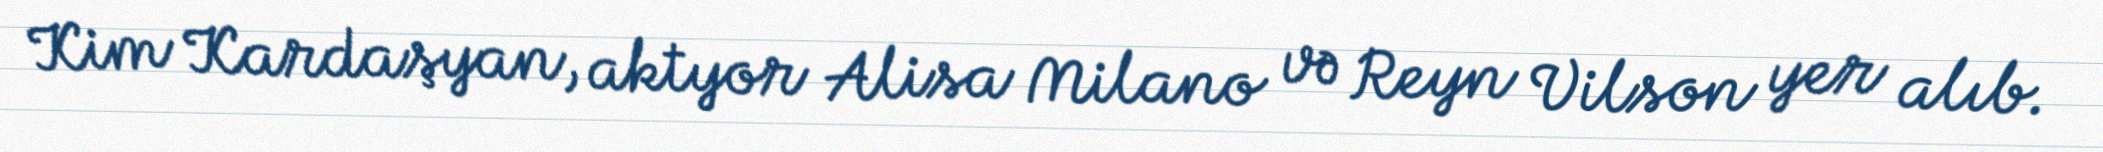
Kim Kardaşyan, aktyor Alisa Milano və Reyn Vilson yer alıb.